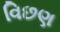
વિછણ